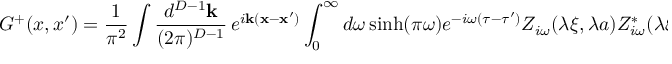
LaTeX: G ^ { + } ( x , x ^ { \prime } ) = \frac { 1 } { \pi ^ { 2 } } \int \frac { d ^ { D - 1 } { \mathbf k } } { ( 2 \pi ) ^ { D - 1 } } \, e ^ { i { \mathbf k } ( { \mathbf x } - { \mathbf x ^ { \prime } } ) } \int _ { 0 } ^ { \infty } d \omega \sinh ( \pi \omega ) e ^ { - i \omega ( \tau - \tau ^ { \prime } ) } Z _ { i \omega } ( \lambda \xi , \lambda a ) Z _ { i \omega } ^ { * } ( \lambda \xi ^ { \prime } , \lambda a ) .